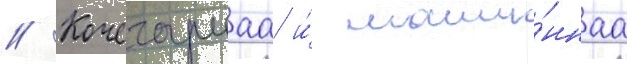
// Кочегарнаа и́ маши́ннаа